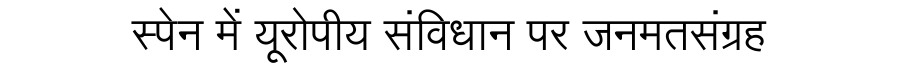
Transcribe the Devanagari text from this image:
स्पेन में यूरोपीय संविधान पर जनमतसंग्रह